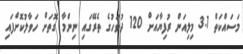
މަސައްކަތް 3.1 މިލިއަން ރުފިޔާއަށް 120 ދުވަހުގެ ތެރޭގައި ނިންމާ ގޮތަށް ހަވާލުކޮށްފައި